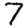
Digit: 7